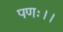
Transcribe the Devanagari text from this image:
पणः।।